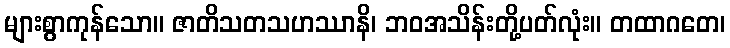
များစွာကုန်သော။ ဇာတိသတသဟဿာနိ၊ ဘဝအသိန်းတို့ပတ်လုံး။ တထာဂတေ၊